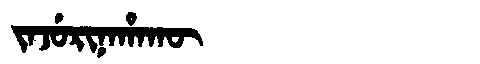
Manchu: ᠵᠠᠵᡠᡵᡳᠨᠠᡥᠠᡴᡡ
Romanization: JAJURINAHAKŪ